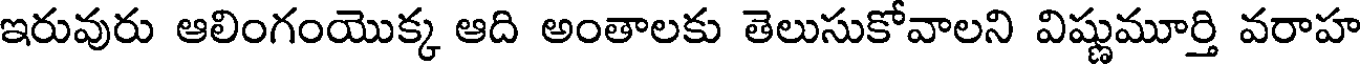
ఇరువురు ఆలింగంయొక్క ఆది అంతాలకు తెలుసుకోవాలని విష్ణుమూర్తి వరాహ